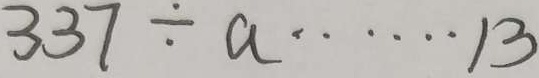
3 3 7 \div a \cdots 1 3